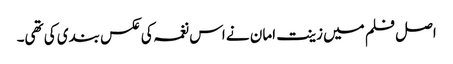
اصل فلم میں زینت امان نے اس نغمہ کی عکس بندی کی تھی۔